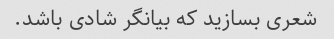
شعری بسازید که بیانگر شادی باشد.